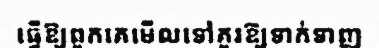
ធ្វើឱ្យពួកគេមើលទៅគួរឱ្យទាក់ទាញ